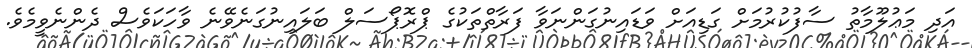
އަދި މަޢުލޫމާތު ސާފުކުރުމަށް ގަޑިއަށް ވަޑައިނުގަންނަވާ ފަރާތްތަކުގެ ޕްރޮޕޯސަލް ބަލައިނުގަނެވޭނެ ވާހަކަވެސް ދެންނެވީމެވެ.